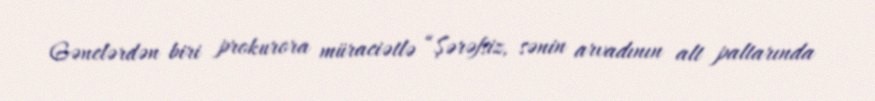
Gənclərdən biri prokurora müraciətlə “Şərəfsiz, sənin arvadının alt paltarında